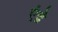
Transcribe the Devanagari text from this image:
एंद्रे